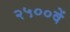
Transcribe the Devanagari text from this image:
२५००वें